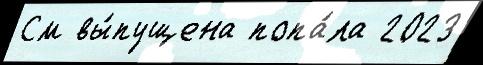
См вы́пущена попа́ла 2023